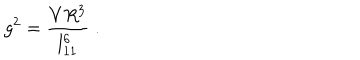
g ^ { 2 } = \frac { V R ^ { 3 } } { l _ { 1 1 } ^ { 6 } } \; .